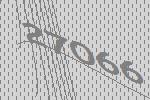
27066